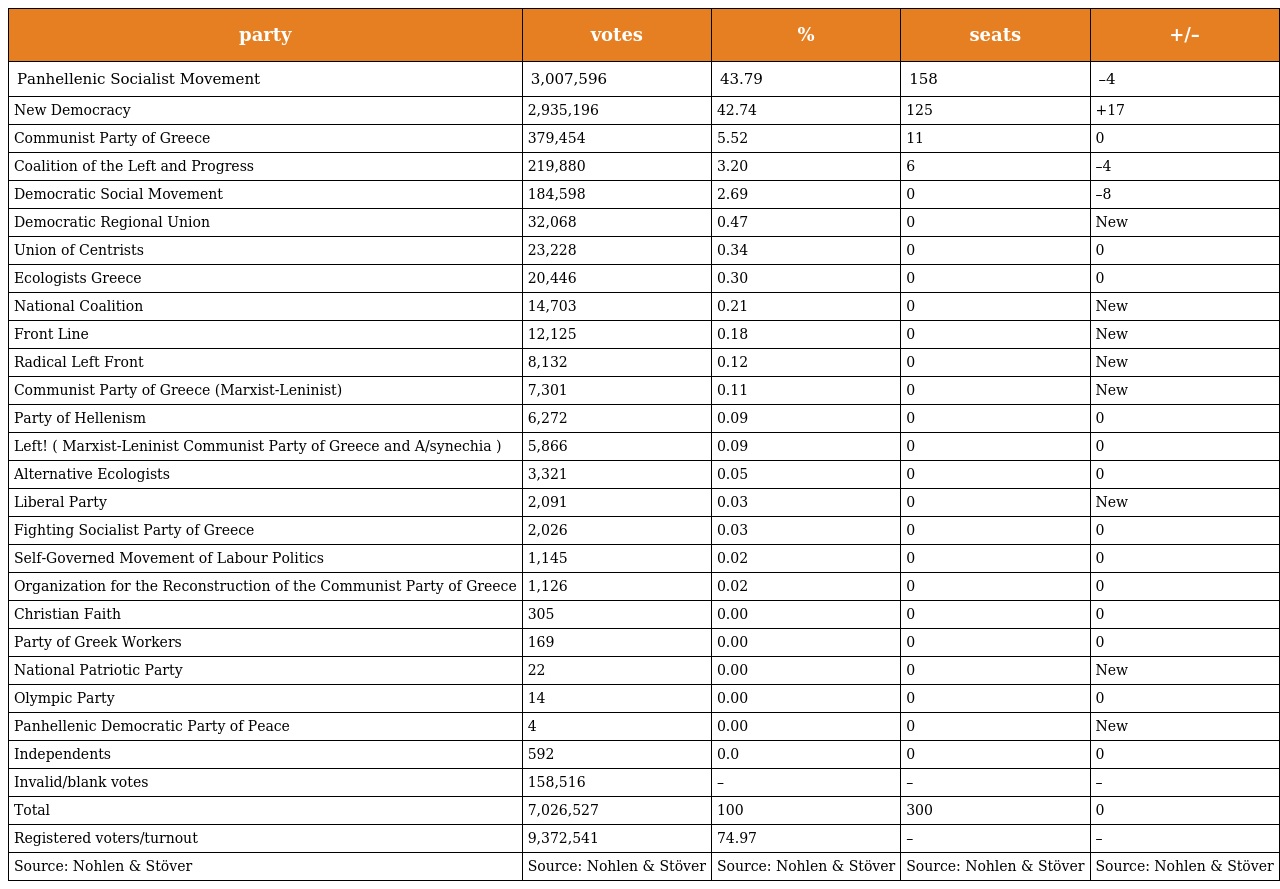
| party | votes | % | seats | +/– |
 | --- | --- | --- | --- | --- |
 | Panhellenic Socialist Movement | 3,007,596 | 43.79 | 158 | –4 |
 | New Democracy | 2,935,196 | 42.74 | 125 | +17 |
 | Communist Party of Greece | 379,454 | 5.52 | 11 | 0 |
 | Coalition of the Left and Progress | 219,880 | 3.20 | 6 | –4 |
 | Democratic Social Movement | 184,598 | 2.69 | 0 | –8 |
 | Democratic Regional Union | 32,068 | 0.47 | 0 | New |
 | Union of Centrists | 23,228 | 0.34 | 0 | 0 |
 | Ecologists Greece | 20,446 | 0.30 | 0 | 0 |
 | National Coalition | 14,703 | 0.21 | 0 | New |
 | Front Line | 12,125 | 0.18 | 0 | New |
 | Radical Left Front | 8,132 | 0.12 | 0 | New |
 | Communist Party of Greece (Marxist-Leninist) | 7,301 | 0.11 | 0 | New |
 | Party of Hellenism | 6,272 | 0.09 | 0 | 0 |
 | Left! ( Marxist-Leninist Communist Party of Greece and A/synechia ) | 5,866 | 0.09 | 0 | 0 |
 | Alternative Ecologists | 3,321 | 0.05 | 0 | 0 |
 | Liberal Party | 2,091 | 0.03 | 0 | New |
 | Fighting Socialist Party of Greece | 2,026 | 0.03 | 0 | 0 |
 | Self-Governed Movement of Labour Politics | 1,145 | 0.02 | 0 | 0 |
 | Organization for the Reconstruction of the Communist Party of Greece | 1,126 | 0.02 | 0 | 0 |
 | Christian Faith | 305 | 0.00 | 0 | 0 |
 | Party of Greek Workers | 169 | 0.00 | 0 | 0 |
 | National Patriotic Party | 22 | 0.00 | 0 | New |
 | Olympic Party | 14 | 0.00 | 0 | 0 |
 | Panhellenic Democratic Party of Peace | 4 | 0.00 | 0 | New |
 | Independents | 592 | 0.0 | 0 | 0 |
 | Invalid/blank votes | 158,516 | – | – | – |
 | Total | 7,026,527 | 100 | 300 | 0 |
 | Registered voters/turnout | 9,372,541 | 74.97 | – | – |
 | Source: Nohlen & Stöver | Source: Nohlen & Stöver | Source: Nohlen & Stöver | Source: Nohlen & Stöver | Source: Nohlen & Stöver |